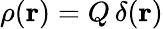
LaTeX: \rho({\mathbf r})=Q\, \delta({\mathbf r})